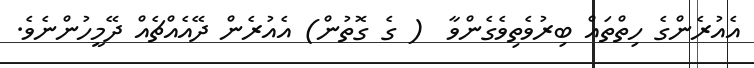
އެއުރެންގެ ހިތްތައް ބިރުވެތިވެގެންވާ  ( ގެ ގޮތުން) އެއުރެން ދޭއެއްޗެއް ދޭމީހުންނެވެ.